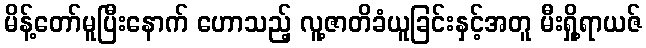
မိန့်တော်မူပြီးနောက် ဟောသည့် လူ့ဇာတိခံယူခြင်းနှင့်အတူ မီးရှို့ရာယဇ်